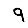
Digit: 9